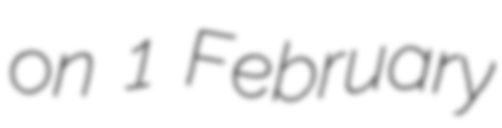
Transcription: on 1 February